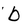
Character: b